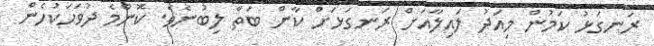
ރަނގަޅު ކަމުން މިއަދު ލައިލާއަށް ރަނގަޅަށް ކާން ބަތް ލިބުނެވެ. ކޮންމެ ދުވަހަކުހެން